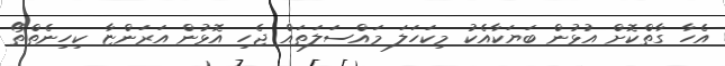
އެހާ ގާތްކޮށް އުޅުން ބަޔަކާއެކު މިކަހަލަ މައްސަލަތައް ޖެހި އޮޅުން އަރަންޏާ ކިހިނެތްތޯ